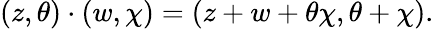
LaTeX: (z,\theta)\cdot(w,\chi)=(z+w+\theta\chi,\theta+\chi).